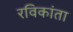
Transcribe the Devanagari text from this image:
रविकांता